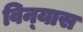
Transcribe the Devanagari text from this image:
विन्‍यास